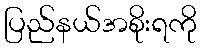
ပြည်နယ်အစိုးရကို